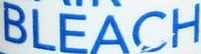
BLEACH